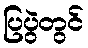
ပြပွဲတွင်